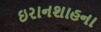
ઇરાનશાહના